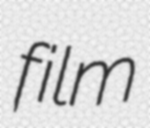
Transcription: film